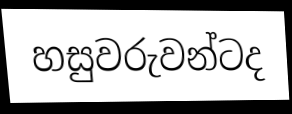
හසුවරුවන්ටද